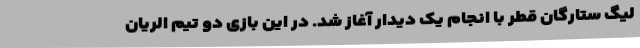
لیگ ستارگان قطر با انجام یک دیدار آغاز شد. در این بازی دو تیم الریان